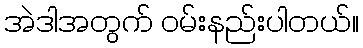
အဲဒါအတွက် ဝမ်းနည်းပါတယ်။